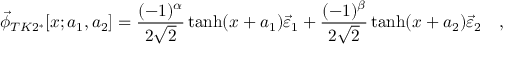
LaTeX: \vec { \phi } _ { T K 2 ^ { * } } [ x ; a _ { 1 } , a _ { 2 } ] = \frac { ( - 1 ) ^ { \alpha } } { 2 \sqrt { 2 } } \operatorname { t a n h } ( x + a _ { 1 } ) \vec { \varepsilon } _ { 1 } + \frac { ( - 1 ) ^ { \beta } } { 2 \sqrt { 2 } } \operatorname { t a n h } ( x + a _ { 2 } ) \vec { \varepsilon } _ { 2 } \quad ,